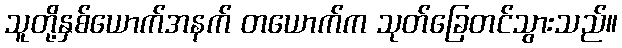
သူတို့နှစ်ယောက်အနက် တယောက်က သုတ်ခြေတင်သွားသည်။